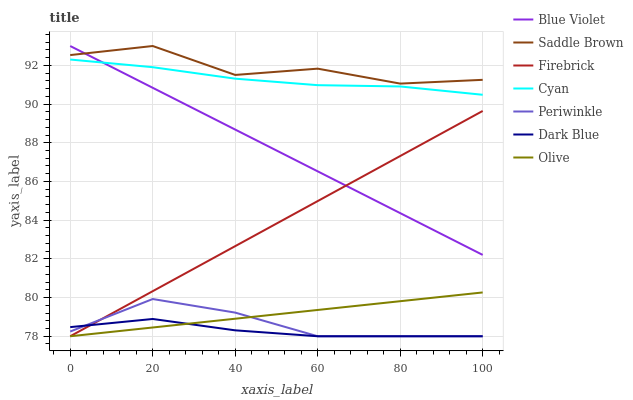
| xaxis_label | Blue Violet | Saddle Brown | Firebrick | Cyan | Periwinkle | Dark Blue | Olive |
 | --- | --- | --- | --- | --- | --- | --- | --- |
 | 0 | 93 | 92.5 | 78 | 92.3 | 78.2 | 78.5 | 78 |
 | 20 | 90.8 | 93 | 80.3 | 91.9 | 79.9 | 78.9 | 78.5 |
 | 40 | 88.7 | 91.5 | 82.7 | 91.3 | 79.2 | 78.3 | 78.9 |
 | 60 | 86.5 | 91.8 | 85 | 91 | 78 | 78 | 79.4 |
 | 80 | 84.4 | 91.1 | 87.3 | 90.9 | 78 | 78 | 79.8 |
 | 100 | 82.2 | 91.3 | 89.6 | 90.5 | 78 | 78 | 80.3 |